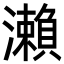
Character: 瀨